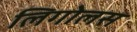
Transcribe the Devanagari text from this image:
लिगोलस